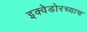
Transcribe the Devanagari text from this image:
इक्वेडोरच्याच